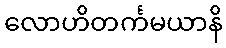
လောဟိတင်္ကမယာနိ